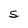
Character: S